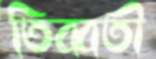
তিব্বতী